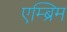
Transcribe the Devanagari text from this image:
एम्ब्रिम